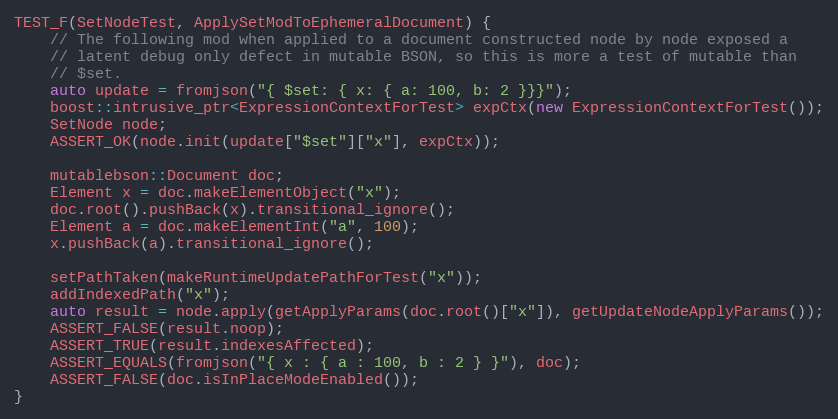
Language: C++
TEST_F(SetNodeTest, ApplySetModToEphemeralDocument) {
    // The following mod when applied to a document constructed node by node exposed a
    // latent debug only defect in mutable BSON, so this is more a test of mutable than
    // $set.
    auto update = fromjson("{ $set: { x: { a: 100, b: 2 }}}");
    boost::intrusive_ptr<ExpressionContextForTest> expCtx(new ExpressionContextForTest());
    SetNode node;
    ASSERT_OK(node.init(update["$set"]["x"], expCtx));

    mutablebson::Document doc;
    Element x = doc.makeElementObject("x");
    doc.root().pushBack(x).transitional_ignore();
    Element a = doc.makeElementInt("a", 100);
    x.pushBack(a).transitional_ignore();

    setPathTaken(makeRuntimeUpdatePathForTest("x"));
    addIndexedPath("x");
    auto result = node.apply(getApplyParams(doc.root()["x"]), getUpdateNodeApplyParams());
    ASSERT_FALSE(result.noop);
    ASSERT_TRUE(result.indexesAffected);
    ASSERT_EQUALS(fromjson("{ x : { a : 100, b : 2 } }"), doc);
    ASSERT_FALSE(doc.isInPlaceModeEnabled());
}